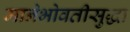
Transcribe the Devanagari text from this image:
मानेभोवतीसुद्धा